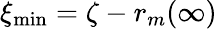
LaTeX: \xi_{\operatorname*{min}}=\zeta-r_{m}(\infty)